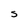
Character: S